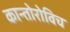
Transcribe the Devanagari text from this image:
कान्तोरोविच